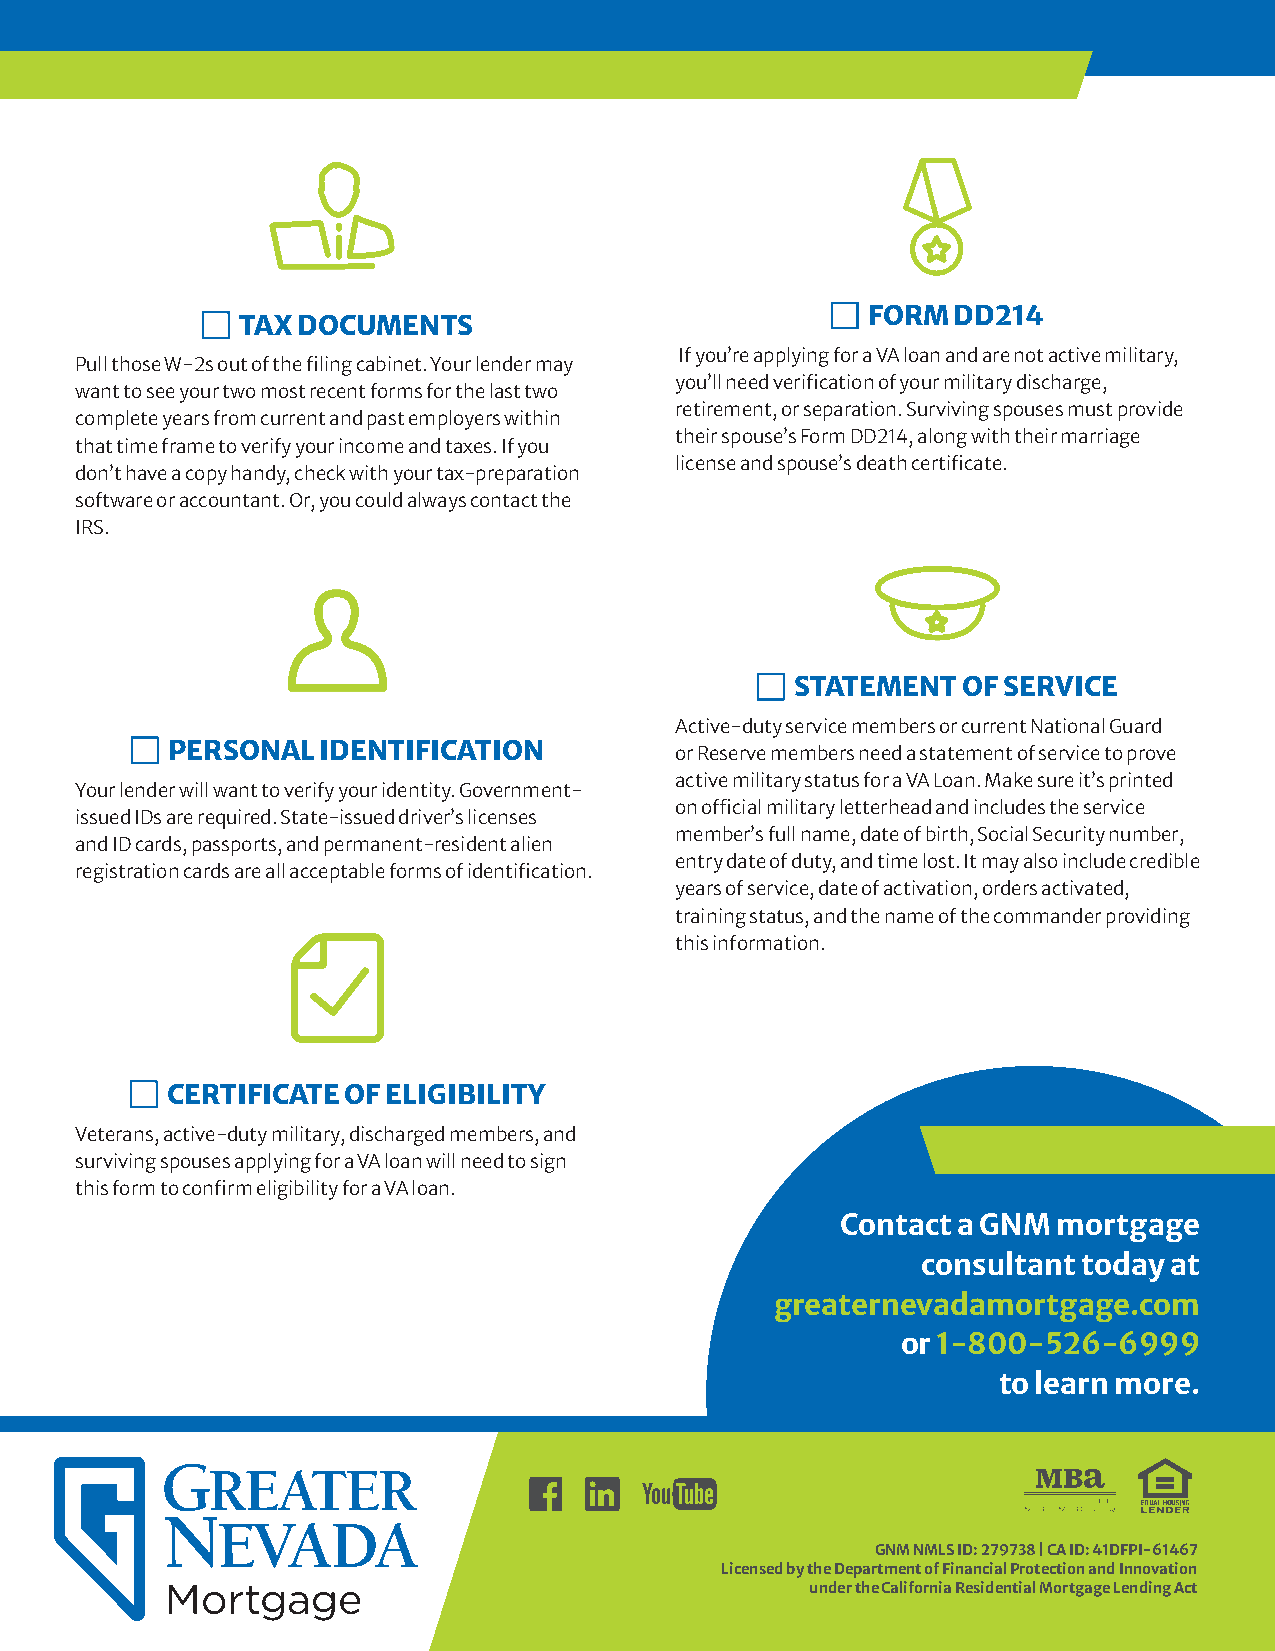
TAX DOCUMENTS
 FORM  DD214
 If you’re applying for a VA loan and are not active military,
 Pull those W-2s out of the filing cabinet. Your lender may
 you’ll need verification of your military discharge,
 want to see your two most recent forms for the last two
 retirement, or separation. Surviving spouses must provide
 complete years from current and past employers within
 their spouse’s Form DD214, along with their marriage
 that time frame to verify your income and taxes. If you
 license and spouse’s death certificate.
 don’t have a copy handy, check with your tax-preparation
 software or accountant. Or, you could always contact the
 IRS.
 STATEMENT  OF SERVICE
 Active-duty service members or current National Guard
 PERSONAL  IDENTIFICATION          or Reserve members need a statement of service to prove
 active military status for a VA Loan. Make sure it’s printed
 Your lender will want to verify your identity. Government-
 on official military letterhead and includes the service
 issued IDs are required. State-issued driver’s licenses
 member’s full name, date of birth, Social Security number,
 and ID cards, passports, and permanent-resident alien
 entry date of duty, and time lost. It may also include credible
 registration cards are all acceptable forms of identification.
 years of service, date of activation, orders activated,
 training status, and the name of the commander providing
 this information.
 CERTIFICATE OF ELIGIBILITY
 Veterans, active-duty military, discharged members, and
 surviving spouses applying for a VA loan will need to sign
 this form to confirm eligibility for a VA loan.
 Contact a GNM mortgage
 consultant today at
 greaternevadamortgage.com
 or 1-800-526-6999
 to learn more.
 GNM NMLS ID: 279738 | CA ID: 41DFPI-61467
 Licensed by the Department of Financial Protection and Innovation
 under the California Residential Mortgage Lending Act